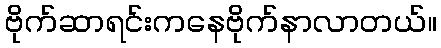
ဗိုက်ဆာရင်းကနေဗိုက်နာလာတယ်။